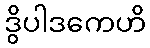
ဒွိပါဒကေဟိ